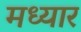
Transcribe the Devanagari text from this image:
मध्यार